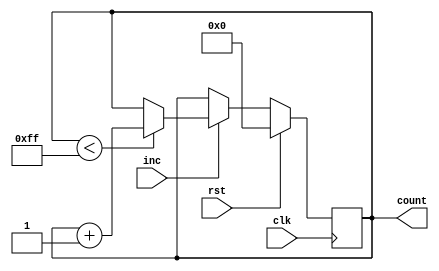
module incremental_counter #(
    parameter INITIAL_VALUE = 0,  // Initial count value
    parameter MAX_VALUE = 255,     // Maximum count value (for 8-bit counter)
    parameter WIDTH = 8            // Bit-width of the counter
)(
    input wire clk,                // Clock signal
    input wire rst,                // Reset signal (active high)
    input wire inc,                // Increment trigger signal
    output reg [WIDTH-1:0] count   // Current count value
);

    // Always block for synchronous operations
    always @(posedge clk) begin
        if (rst) begin
            // Reset the counter to the initial value
            count <= INITIAL_VALUE;
        end else if (inc) begin
            // Increment the counter
            if (count < MAX_VALUE) begin
                count <= count + 1;
            end
            // Optional: Uncomment the next line for wrap-around behavior
            // else begin count <= 0; end
        end
    end

endmodule